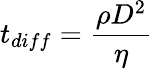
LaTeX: t_{diff}=\frac{\rho D^{2}}{\eta}